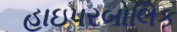
હાઇપરબોલિક